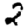
Digit: 2